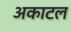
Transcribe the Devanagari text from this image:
अकाटल